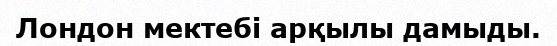
Лондон мектебі арқылы дамыды.